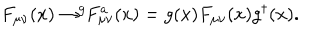
F _ { \mu \nu } ( x ) \rightarrow ^ { g } \! \! F _ { \mu \nu } ^ { a } ( x ) = g ( x ) F _ { \mu \nu } ( x ) g ^ { \dagger } ( x ) .